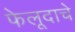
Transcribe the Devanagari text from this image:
फेलूदाचे